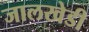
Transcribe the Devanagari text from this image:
जालखेडी